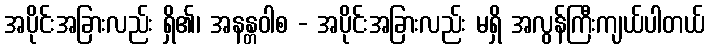
အပိုင်းအခြားလည်း ရှိ၏၊ အနန္တဝါစ - အပိုင်းအခြားလည်း မရှိ အလွန်ကြီးကျယ်ပါတယ်